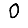
Digit: 0